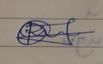
Signature authenticity: genuine